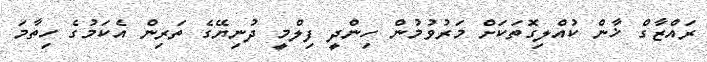
ރައްޒާގް ޚާން ކުއްލިގޮތަކަށް މަރުވުމުން ހިންދީ ފިލްމީ ދުނިޔޭގެ ތަރިން އެކަމުގެ ހިތާމަ